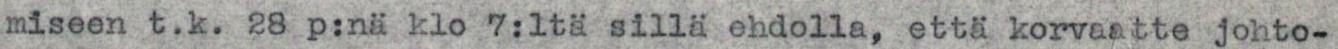
miseen t.k. 28 p:nä klo 7:ltä sillä ehdolla, että korvaatte johto-